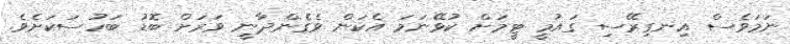
ނަމަވެސް އިނގިރޭސި ގައުމީ ޓީމަށް ކުޅޭނަމަ އެކަން ވެގެންދާނީ ވަރަށް ބޮޑު ބަހުސަކަށެވެ.